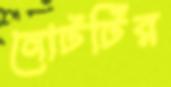
নোটটির